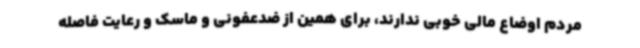
مردم اوضاع مالی خوبی ندارند، برای همین از ضدعفونی و ماسک و رعایت فاصله